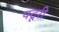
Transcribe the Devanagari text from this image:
पटूरी